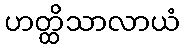
ဟတ္ထိသာလာယံ